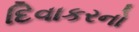
દિવાકરનો